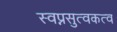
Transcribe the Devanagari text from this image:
स्वप्नसुत्वकत्व